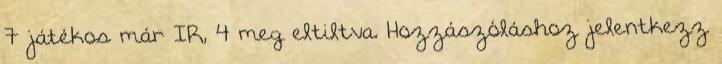
7 játékos már IR, 4 meg eltiltva. Hozzászóláshoz jelentkezz